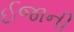
ઈજાની